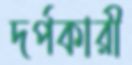
দর্পকারী